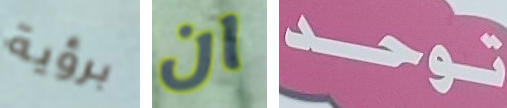
برؤية ان توحد